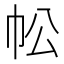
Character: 𢁷